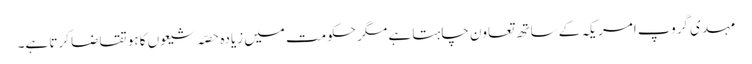
مہدی گروپ امریکہ کے ساتھ تعاون چاہتا ہے مگر حکومت میں زیادہ حصّہ شیعوں کا ہو تقاضا کرتا ہے۔